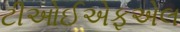
ટીઓઈએફએલ